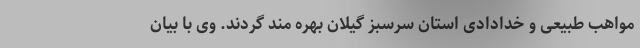
مواهب طبیعی و خدادادی استان سرسبز گیلان بهره مند گردند. وی با بیان